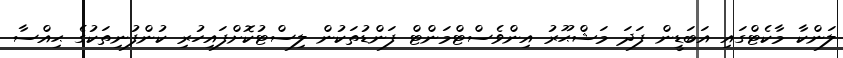
ލަންކާ މާކެޓްގައި އަބަޑީން ފަދަ މަޝްޙޫރު އިންވެސްޓްމަންޓް ފަންޑުތަކުން ލިސްޓުކޮށްފައިހުރި ކުންފުނިތަކުގެ ޙިއްސާ